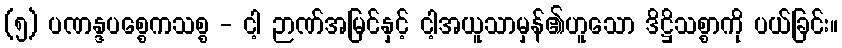
(၅) ပဏန္ဒပစ္စေကသစ္စ - ငါ့ ဉာဏ်အမြင်နှင့် ငါ့အယူသာမှန်၏ဟူသော ဒိဋ္ဌိသစ္စာကို ပယ်ခြင်း။